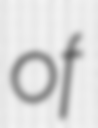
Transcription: of